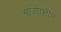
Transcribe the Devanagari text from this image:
चाळीशीत